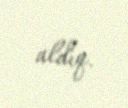
aldıq.